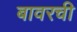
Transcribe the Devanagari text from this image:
बावरची